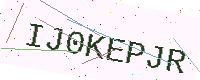
Text: IJ0KEPJR